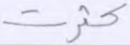
كثرت